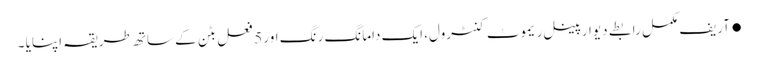
●آریف مکمل رابطے دیوار پینل ریموٹ کنٹرول، ایک دامانگ رنگ اور 5 فعل بٹن کے ساتھ طریقہ اپنایا ۔